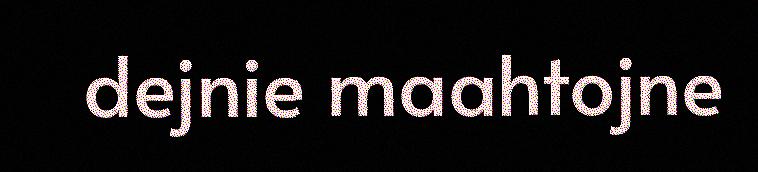
dejnie maahtojne